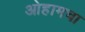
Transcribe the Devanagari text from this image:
ओहामचा